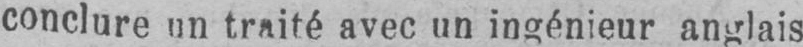
conclure un traité avec un ingénieur anglais